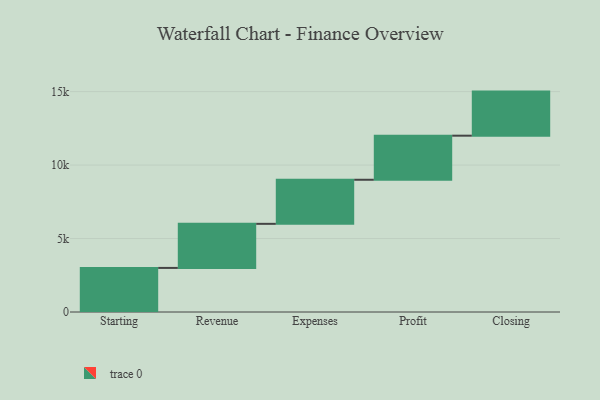
{"axis": {"x": "Step", "y": "Value"}, "legend": [""], "data": [{"x": "Starting", "y": 3000, "type": ""}, {"x": "Revenue", "y": 3000, "type": ""}, {"x": "Expenses", "y": 3000, "type": ""}, {"x": "Profit", "y": 3000, "type": ""}, {"x": "Closing", "y": 3000, "type": ""}]}